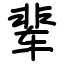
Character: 辈